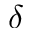
\delta